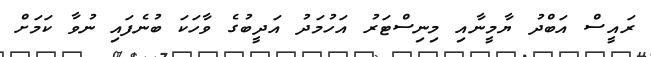
ރައީސް އަބްދު ޔާމީނާއި މިނިސްޓަރު އަހުމަދު އަދީބުގެ ވާހަކަ ބުނެފައި ނުވާ ކަމަށް